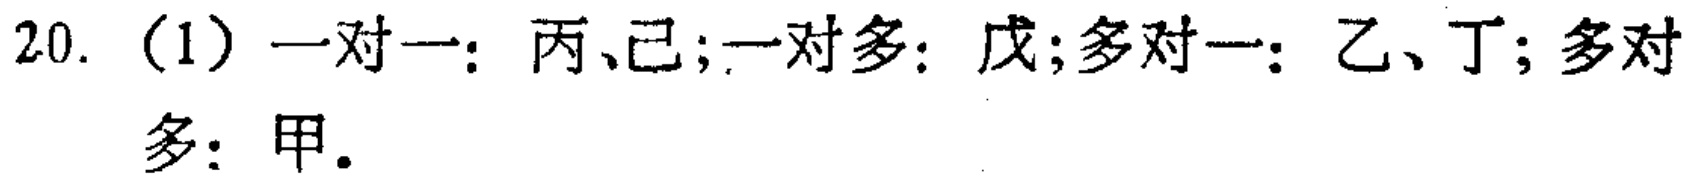
20. （1）一对一：丙、己;一对多：戊;多对一：乙、丁;多对多：甲。